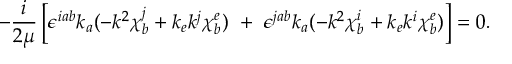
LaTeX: - \frac { i } { 2 \mu } \left[ \epsilon ^ { i a b } k _ { a } ( - k ^ { 2 } \chi _ { b } ^ { j } + k _ { e } k ^ { j } \chi _ { b } ^ { e } ) ~ + ~ \epsilon ^ { j a b } k _ { a } ( - k ^ { 2 } \chi _ { b } ^ { i } + k _ { e } k ^ { i } \chi _ { b } ^ { e } ) \right] = 0 .